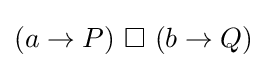
(a\to P)\ \Box \ (b\to Q)